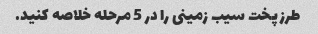
طرز پخت سیب زمینی را در 5 مرحله خلاصه کنید.